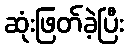
ဆုံးဖြတ်ခဲ့ပြီး